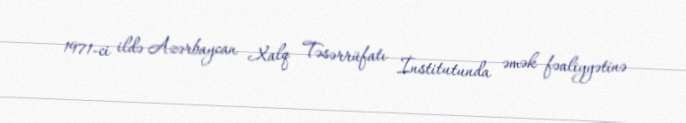
1971-ci ildə Azərbaycan Xalq Təsərrüfatı İnstitutunda əmək fəaliyyətinə